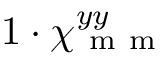
1 \cdot \chi _ { \mathrm { ~ m ~ m ~ } } ^ { y y }